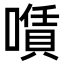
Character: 𠿹